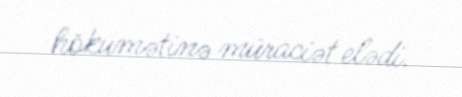
hökumətinə müraciət elədi.